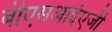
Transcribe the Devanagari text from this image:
बीएसआईएजी